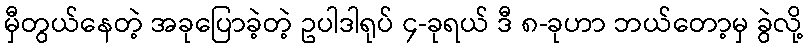
မှီတွယ်နေတဲ့ အခုပြောခဲ့တဲ့ ဥပါဒါရုပ် ၄-ခုရယ် ဒီ ၈-ခုဟာ ဘယ်တော့မှ ခွဲလို့